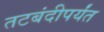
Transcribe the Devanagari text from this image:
तटबंदीपर्यंत